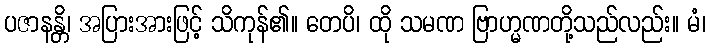
ပဇာနန္တိ၊ အပြားအားဖြင့် သိကုန်၏။ တေပိ၊ ထို သမဏ ဗြာဟ္မဏတို့သည်လည်း။ မံ၊